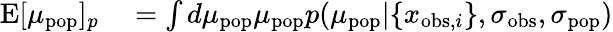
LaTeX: \begin{array}{rl}{\mathrm{E}[\mu_{\mathrm{pop}}]_{p}}&{{}=\int d\mu_{\mathrm{pop}}\mu_{\mathrm{pop}}p(\mu_{\mathrm{pop}}|\{ x_{\mathrm{obs},i}\} ,\sigma_{\mathrm{obs}},\sigma_{\mathrm{pop}})}\end{array}